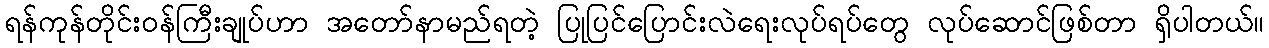
ရန်ကုန်တိုင်းဝန်ကြီးချုပ်ဟာ အတော်နာမည်ရတဲ့ ပြုပြင်ပြောင်းလဲရေးလုပ်ရပ်တွေ လုပ်ဆောင်ဖြစ်တာ ရှိပါတယ်။